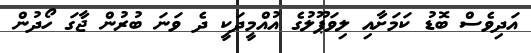
އަދިވެސް ބޮޑު ކަމަށާއި ލިވަޕޫލުގެ އުއްމީދަކީ ދެ ވަނަ ބުރުން ޖާގަ ހޯދުން